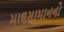
માલસામાનનો